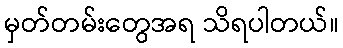
မှတ်တမ်းတွေအရ သိရပါတယ်။